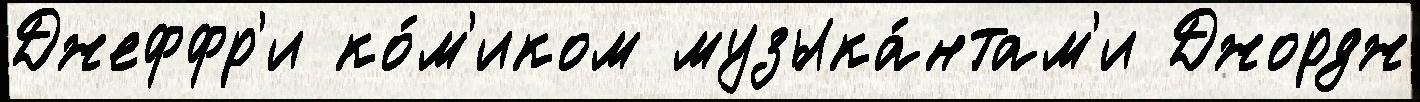
Джеффр'и ко́м'иком музыка́нтам'и Джордж